Insane asylums Bombay 1873-77 - 1873-1877
Year: 1873
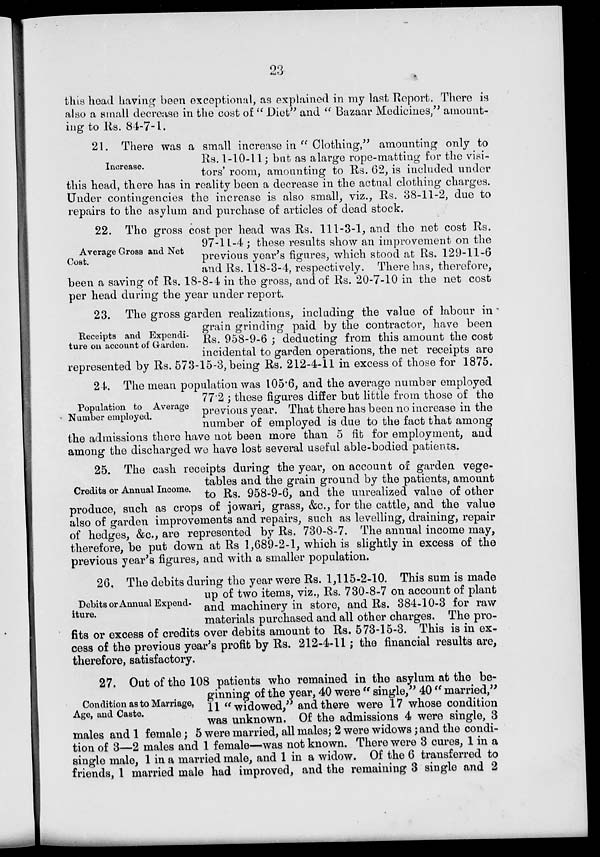
23
this head having been exceptional, as explained in my last Report. There is
also a small decrease in the cost of " Diet" and " Bazaar Medicines," amount-
ing to Rs. 84-7-1.
Increase.
21. There was a small increase in " Clothing," amounting only to
Rs. 1-10-11; but as a large rope-matting for the visi-
tors' room, amounting to Rs. 62, is included under
this head, there has in reality been a decrease in the actual clothing charges.
Under contingencies the increase is also small, viz., Rs. 38-11-2, due to
repairs to the asylum and purchase of articles of dead stock.
Average Gross and Net
Cost.
22. The gross cost per head was Rs. 111-3-1, and the net cost Rs.
97-11-4; these results show an improvement on the
previous year's figures, which stood at Rs. 129-11-6
and Rs. 118-3-4, respectively. There has, therefore,
been a saving of Rs. 18-8-4 in the gross, and of Rs. 20-7-10 in the net cost
per head during the year under report.
Receipts and Expendi-
ture on account of Garden.
23. The gross garden realizations, including the value of labour in
grain grinding paid by the contractor, have been
Rs. 958-9-6 ; deducting from this amount the cost
incidental to garden operations, the net receipts are
represented by Rs. 573-15-3, being Rs. 212-4-11 in excess of those for 1875.
Population to Average
Number employed.
24. The mean population was 105.6, and the average number employed
77.2 ; these figures differ but little from those of the
previous year. That there has been no increase in the
number of employed is due to the fact that among
the admissions there have not been more than 5 fit for employment, and
among the discharged we have lost several useful able-bodied patients.
Credits or Annual Income.
25. The cash receipts during the year, on account of garden vege-
tables and the grain ground by the patients, amount
to Rs. 958-9-6, and the unrealized value of other
produce, such as crops of jowari, grass, &c., for the cattle, and the value
also of garden improvements and repairs, such as levelling, draining, repair
of hedges, &c., are represented by Rs. 730-8-7. The annual income may,
therefore, be put down at Rs 1,689-2-1, which is slightly in excess of the
previous year's figures, and with a smaller population.
Debits or Annual Expend-
iture.
26. The debits during the year were Rs. 1,115-2-10. This sum is made
up of two items, viz., Rs. 730-8-7 on account of plant
and machinery in store, and Rs. 384-10-3 for raw
materials purchased and all other charges. The pro-
fits or excess of credits over debits amount to Rs. 573-15-3. This is in ex-
cess of the previous year's profit by Rs. 212-4-11 ; the financial results are,
therefore, satisfactory.
Condition as to Marriage,
Age, and Caste.
27. Out of the 108 patients who remained in the asylum at the be-
ginning of the year, 40 were " single," 40 " married,"
11 " widowed," and there were 17 whose condition
was unknown. Of the admissions 4 were single, 3
males and 1 female; 5 were married, all males; 2 were widows; and the condi-
tion of 3—2 males and 1 female—was not known. There were 3 cures, 1 in a
single male, 1 in a married male, and 1 in a widow. Of the 6 transferred to
friends, 1 married male had improved, and the remaining 3 single and 2